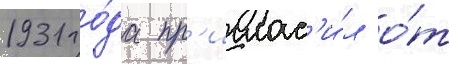
1931 го́да пр'иглас'и́л о́т